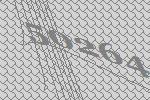
50264